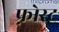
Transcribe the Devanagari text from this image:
फ़्रोस्ट